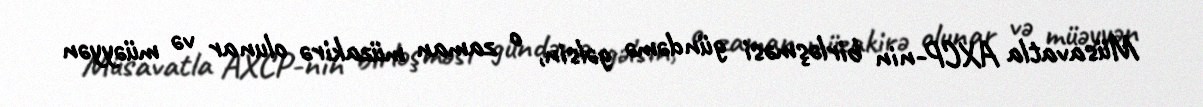
Müsavatla AXCP-nin birləşməsi gündəmə gəlsin, o zaman müzakirə olunar və müəyyən